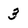
Character: 3